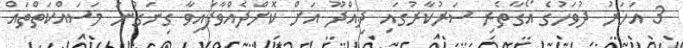
3 އަހަރު ދުވަހުގެ އޯގާތެރި ސަރުކާރުގައި ދިއްދޫ އަށް ކޮށްދެއްވާފައިވާ ގިނަގުނަ މަސައްކަތްތައް